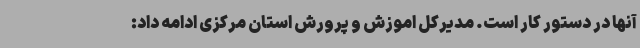
آنها در دستور کار است. مدیرکل اموزش و پرورش استان مرکزی ادامه داد: